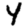
Digit: 4